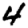
Digit: 4